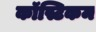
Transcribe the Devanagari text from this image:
कॉस्टिकम